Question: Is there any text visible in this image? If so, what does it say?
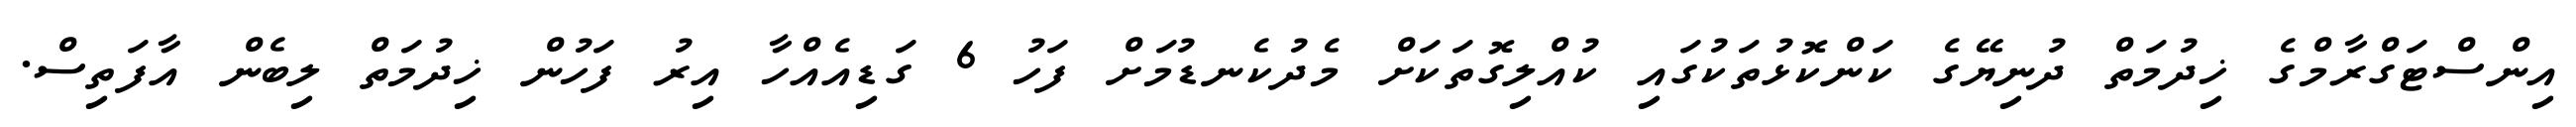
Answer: އިންސްޓަގްރާމްގެ ޚިދުމަތް ދުނިޔޭގެ ކަންކޮޅުތަކުގައި ކުއްލިގޮތަކަށް މެދުކެނޑުމަށް ފަހު 6 ގަޑިއެއްހާ އިރު ފަހުން ޚިދުމަތް ލިބެން އާފަތިސް.